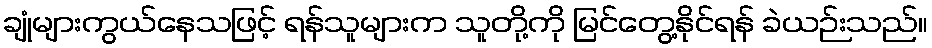
ချုံများကွယ်နေသဖြင့် ရန်သူများက သူတို့ကို မြင်တွေ့နိုင်ရန် ခဲယဉ်းသည်။